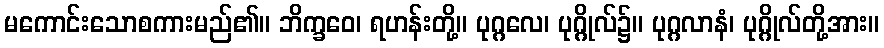
မကောင်းသောစကားမည်၏။ ဘိက္ခဝေ၊ ရဟန်းတို့။ ပုဂ္ဂလေ၊ ပုဂ္ဂိုလ်၌။ ပုဂ္ဂလာနံ၊ ပုဂ္ဂိုလ်တို့အား။